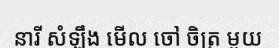
នារី សំឡឹង មើល ចៅ ចិត្រ មួយ